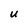
Character: U